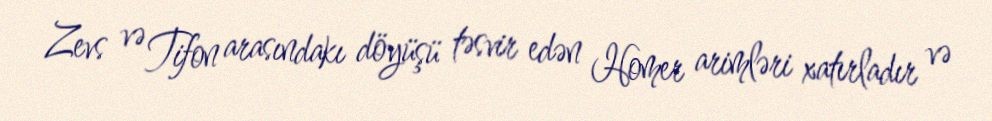
Zevs və Tifon arasındakı döyüşü təsvir edən Homer arimləri xatırladır və